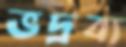
ভদ্রব্য